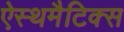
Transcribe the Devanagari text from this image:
ऐस्थमैटिक्स